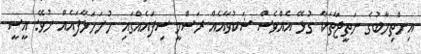
އިންތިހާބުގެ ނަތީޖާތަކާ ގުޅޭ އެއްވެސް ޝަކުވާއެއް ރަސްމީ ސިފައެއްގައި ހުށަހަޅާފައެއް ނުވޭ: އީސީ